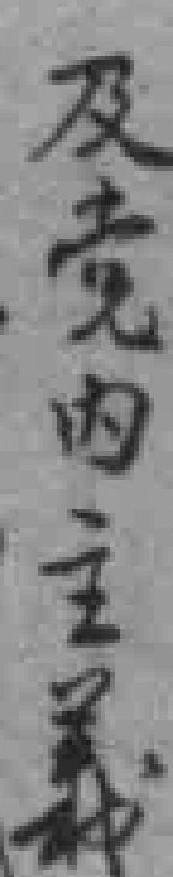
及党内主義